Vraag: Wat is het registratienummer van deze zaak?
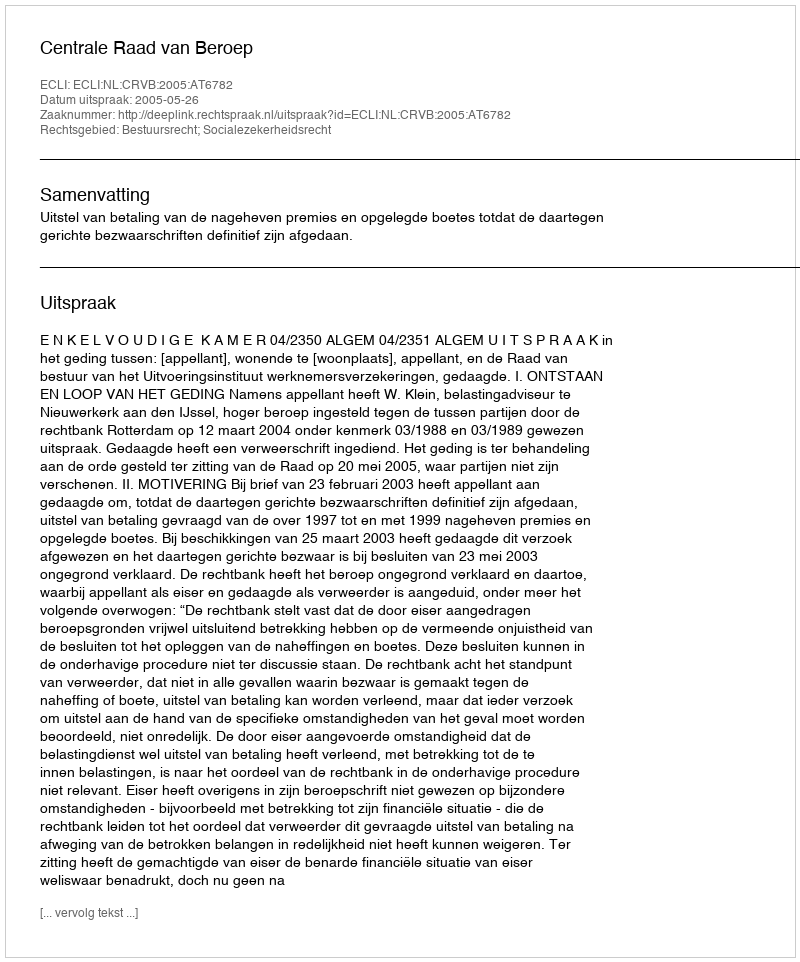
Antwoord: http://deeplink.rechtspraak.nl/uitspraak?id=ECLI:NL:CRVB:2005:AT6782